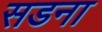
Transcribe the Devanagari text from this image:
सडना